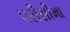
પરીસીમા